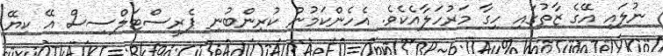
ނުލައި އޭގެ ޒާތުގައި ހިގާ މަރުހަލާއެކެވެ. އެހެންކަމުން ކުރިންބުނި ޕެރީސްޓަލްސިސް އޭ ކިޔޭ